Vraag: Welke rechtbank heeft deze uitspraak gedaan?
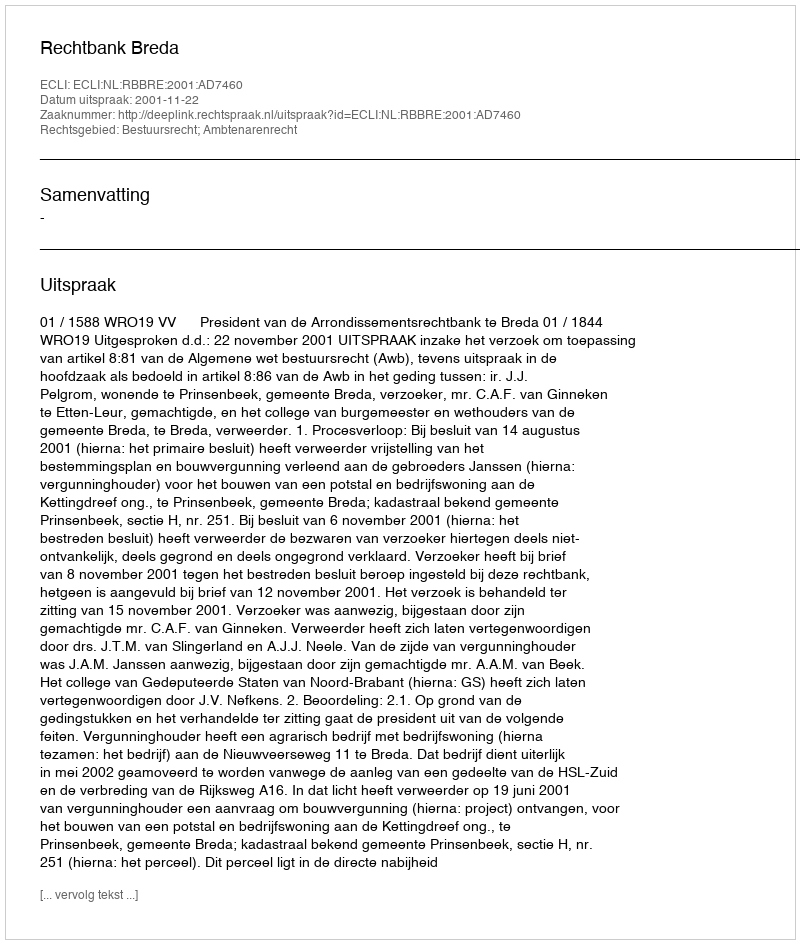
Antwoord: Rechtbank Breda